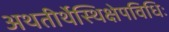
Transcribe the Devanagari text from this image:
अथतीर्थेस्थिक्षेपविधिः